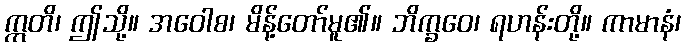
ဣတိ၊ ဤသို့။ အဝေါစ၊ မိန့်တော်မူ၏။ ဘိက္ခဝေ၊ ရဟန်းတို့။ ကာမာနံ၊